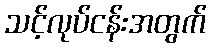
သင့်လုပ်ငန်းအတွက်